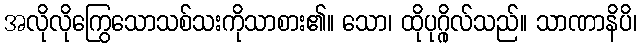
အလိုလိုကြွေသောသစ်သးကိုသာစား၏။ သော၊ ထိုပုဂ္ဂိုလ်သည်။ သာဏာနိပိ၊